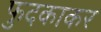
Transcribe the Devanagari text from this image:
फुदकाकर